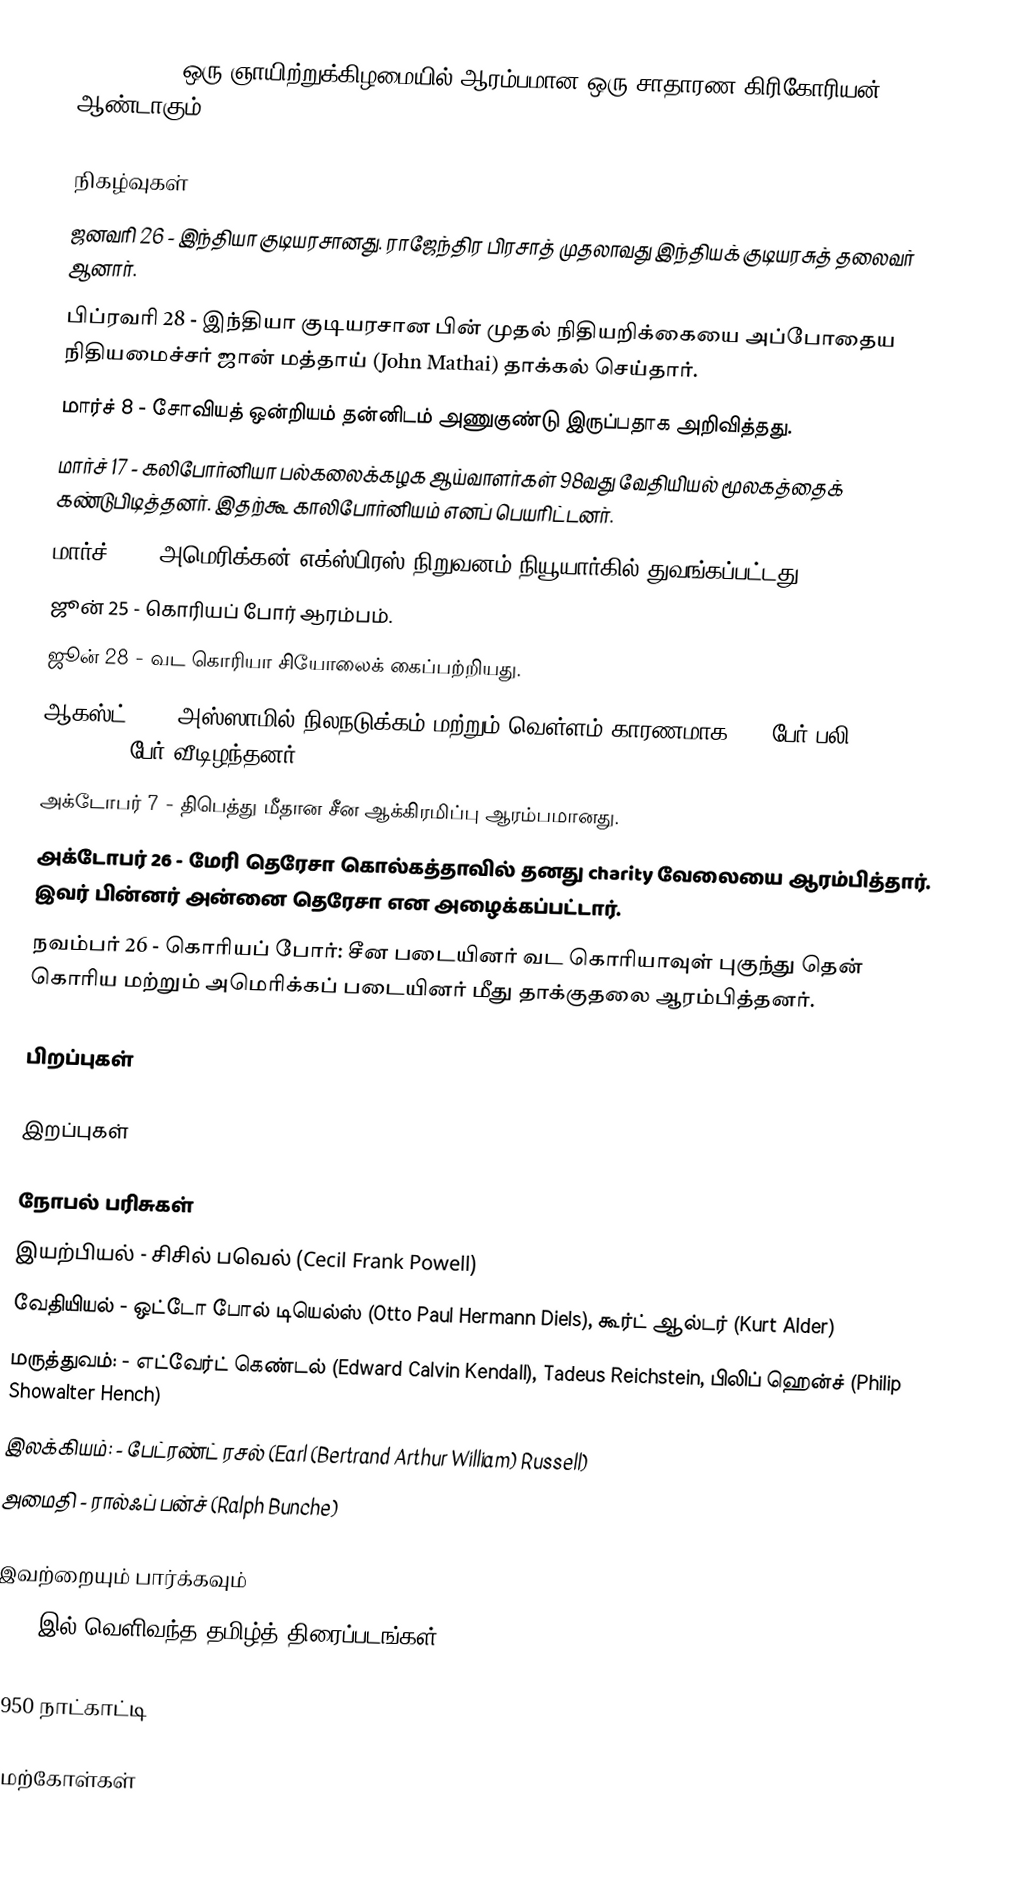
1950  (MCML) ஒரு ஞாயிற்றுக்கிழமையில் ஆரம்பமான ஒரு சாதாரண கிரிகோரியன் ஆண்டாகும்.

நிகழ்வுகள்
 ஜனவரி 26 - இந்தியா குடியரசானது. ராஜேந்திர பிரசாத் முதலாவது இந்தியக் குடியரசுத் தலைவர் ஆனார்.
 பிப்ரவரி 28 - இந்தியா குடியரசான பின் முதல் நிதியறிக்கையை அப்போதைய நிதியமைச்சர் ஜான் மத்தாய் (John Mathai) தாக்கல் செய்தார்.
 மார்ச் 8 - சோவியத் ஒன்றியம் தன்னிடம் அணுகுண்டு இருப்பதாக அறிவித்தது.
 மார்ச் 17 - கலிபோர்னியா பல்கலைக்கழக ஆய்வாளர்கள் 98வது வேதியியல் மூலகத்தைக் கண்டுபிடித்தனர். இதற்கூ காலிபோர்னியம் எனப் பெயரிட்டனர்.
 மார்ச் 18 - அமெரிக்கன் எக்ஸ்பிரஸ் நிறுவனம் நியூயார்கில் துவங்கப்பட்டது.
 ஜூன் 25 - கொரியப் போர் ஆரம்பம்.
 ஜூன் 28 - வட கொரியா சியோலைக் கைப்பற்றியது.
 ஆகஸ்ட் 15 - அஸ்ஸாமில் நிலநடுக்கம் மற்றும் வெள்ளம் காரணமாக 574 பேர் பலி, 5,000,000 பேர் வீடிழந்தனர்.
 அக்டோபர் 7 -  திபெத்து மீதான சீன ஆக்கிரமிப்பு ஆரம்பமானது.
 அக்டோபர் 26 - மேரி தெரேசா கொல்கத்தாவில் தனது charity வேலையை ஆரம்பித்தார். இவர் பின்னர் அன்னை தெரேசா என அழைக்கப்பட்டார்.
 நவம்பர் 26 - கொரியப் போர்: சீன படையினர் வட கொரியாவுள் புகுந்து தென் கொரிய மற்றும் அமெரிக்கப் படையினர் மீது தாக்குதலை ஆரம்பித்தனர்.

பிறப்புகள்

இறப்புகள்

நோபல் பரிசுகள்
 இயற்பியல் - சிசில் பவெல் (Cecil Frank Powell)
 வேதியியல் - ஒட்டோ போல் டியெல்ஸ் (Otto Paul Hermann Diels), கூர்ட் ஆல்டர் (Kurt Alder)
 மருத்துவம்: - எட்வேர்ட் கெண்டல் (Edward Calvin Kendall), Tadeus Reichstein, பிலிப் ஹென்ச் (Philip Showalter Hench)
 இலக்கியம்: - பேட்ரண்ட் ரசல் (Earl (Bertrand Arthur William) Russell)
 அமைதி - ரால்ஃப் பன்ச் (Ralph Bunche)

இவற்றையும் பார்க்கவும்
 1950 இல் வெளிவந்த தமிழ்த் திரைப்படங்கள்

1950 நாட்காட்டி

மேற்கோள்கள்